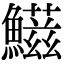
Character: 𩼑